Civil Veterinary Dept. Assam report 1911-1927 - 1911-1927
Year: 1911
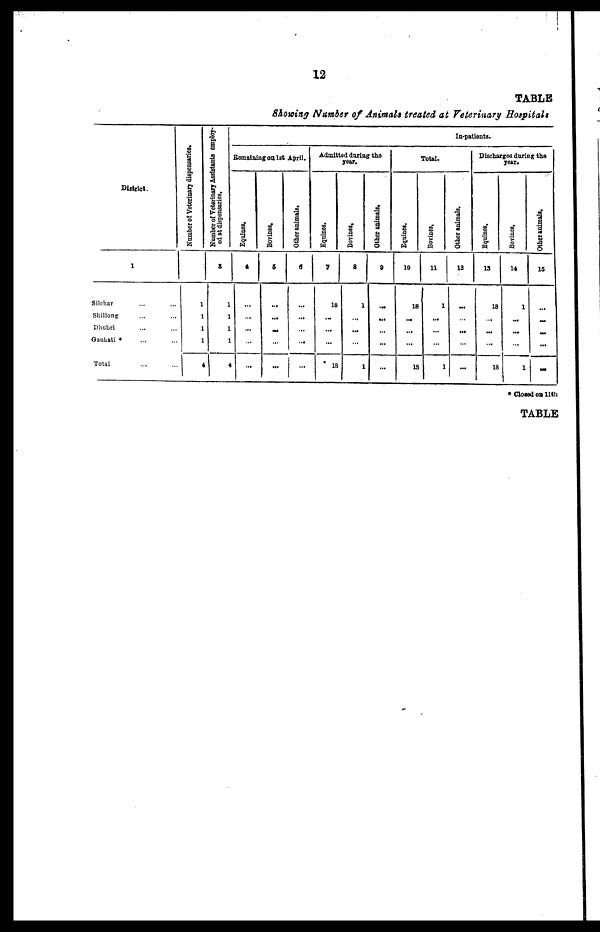
12
TABLE
Showing Number of Animals treated at Veterinary Hospitals
District.
1
Silchar ... ...
Shillong ... ...
Dhubri ... ...
Ganhati * ... ...
Total
Number of Veterinary disponsaries.
1
1
1
1
4
Number
of Veterinary Assistants employ-
ed at dispensaries.
3
1
1
1
1
4
Remaining on 1st April.
Eqaines,
4
...
...
...
...
...
Borines.
5
...
...
....
...
...
Other animals.
6
...
...
...
...
...
Admitted daring the
year.
Equines.
7
18
....
...
...
18
Borines,
8
1
...
...
...
1
Other animals
9
...
...
...
...
...
Equines.
10
18
...
...
...
18
Total.
Bovines,
11
1
...
...
...
1
In-patients.
Other animals.
12
...
...
...
...
...
Discharged during the
year.
Equines,
13
18
...
...
...
18
Bovines,
14
1
...
...
...
1
Other animals.
15
...
. ...
...
...
...
Closed on 11th
TABLE